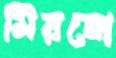
মিয়নো